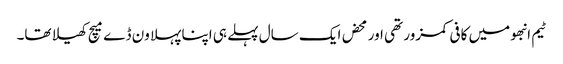
ٹیم انبھو میں کافی کمزور تھی اور محض ایک سال پہلے ہی اپنا پہلا ون ڈے میچ کھیلا تھا۔